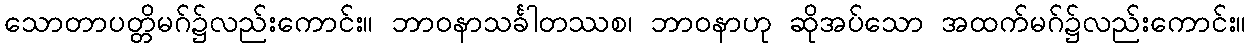
သောတာပတ္တိမဂ်၌လည်းကောင်း။ ဘာဝနာသင်္ခါတဿစ၊ ဘာဝနာဟု ဆိုအပ်သော အထက်မဂ်၌လည်းကောင်း။